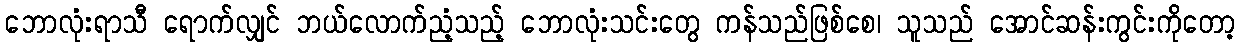
ဘောလုံးရာသီ ရောက်လျှင် ဘယ်လောက်ညံ့သည့် ဘောလုံးသင်းတွေ ကန်သည်ဖြစ်စေ၊ သူသည် အောင်ဆန်းကွင်းကိုတော့